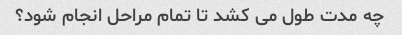
چه مدت طول می کشد تا تمام مراحل انجام شود؟